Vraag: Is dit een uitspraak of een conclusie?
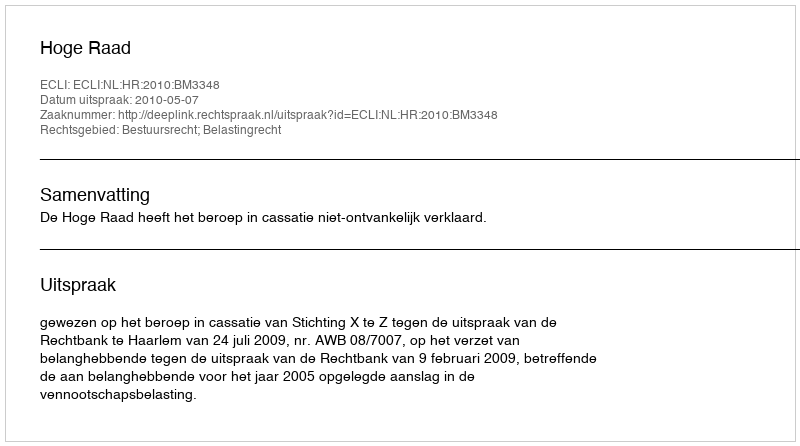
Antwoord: Uitspraak